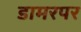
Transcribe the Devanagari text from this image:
डामरपर